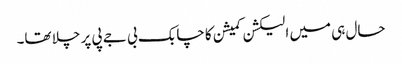
حال ہی میں الیکشن کمیشن کا چابک بی جے پی پر چلا تھا۔